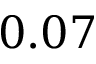
0 . 0 7